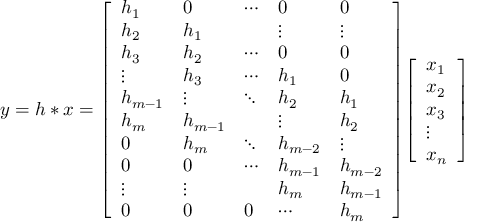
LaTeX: y = h \ast x = { \left[ \begin{array} { l l l l l } { h _ { 1 } } & { 0 } & { \cdots } & { 0 } & { 0 } \\ { h _ { 2 } } & { h _ { 1 } } & { } & { \vdots } & { \vdots } \\ { h _ { 3 } } & { h _ { 2 } } & { \cdots } & { 0 } & { 0 } \\ { \vdots } & { h _ { 3 } } & { \cdots } & { h _ { 1 } } & { 0 } \\ { h _ { m - 1 } } & { \vdots } & { \ddots } & { h _ { 2 } } & { h _ { 1 } } \\ { h _ { m } } & { h _ { m - 1 } } & { } & { \vdots } & { h _ { 2 } } \\ { 0 } & { h _ { m } } & { \ddots } & { h _ { m - 2 } } & { \vdots } \\ { 0 } & { 0 } & { \cdots } & { h _ { m - 1 } } & { h _ { m - 2 } } \\ { \vdots } & { \vdots } & { } & { h _ { m } } & { h _ { m - 1 } } \\ { 0 } & { 0 } & { 0 } & { \cdots } & { h _ { m } } \end{array} \right] } { \left[ \begin{array} { l } { x _ { 1 } } \\ { x _ { 2 } } \\ { x _ { 3 } } \\ { \vdots } \\ { x _ { n } } \end{array} \right] }